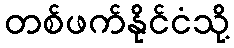
တစ်ဖက်နိုင်ငံသို့